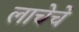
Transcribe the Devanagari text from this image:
लाचेचे